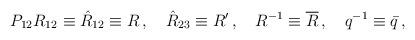
LaTeX: \begin{align*}P_{12}R_{12}\equiv\hat{R}_{12}\equiv R\,, \ \ \ \hat{R}_{23}\equiv R'\,,\ \ \ R^{-1}\equiv\overline{R}\,, \ \ \ q^{-1}\equiv \bar{q}\,,\end{align*}